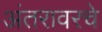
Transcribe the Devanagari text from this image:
अंतरावरचे